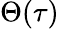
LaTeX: \Theta(\tau)